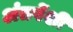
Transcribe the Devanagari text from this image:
अंतर्पेशी